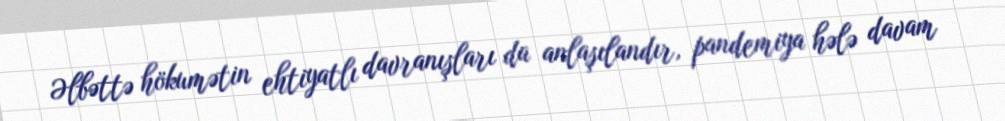
Əlbəttə hökumətin ehtiyatlı davranışları da anlaşılandır, pandemiya hələ davam